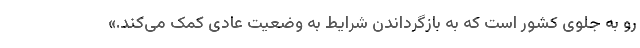
رو به جلوی کشور است که به بازگرداندن شرایط به وضعیت عادی کمک می‌کند.»